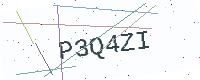
Text: P3Q4ZI